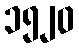
၁၅၂၀